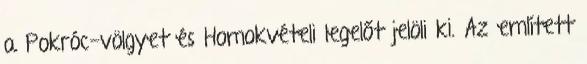
a Pokróc-völgyet és Homokvételi legelőt jelöli ki. Az említett